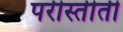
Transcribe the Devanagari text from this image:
परीस्तीती